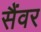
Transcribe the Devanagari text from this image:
सैंवर